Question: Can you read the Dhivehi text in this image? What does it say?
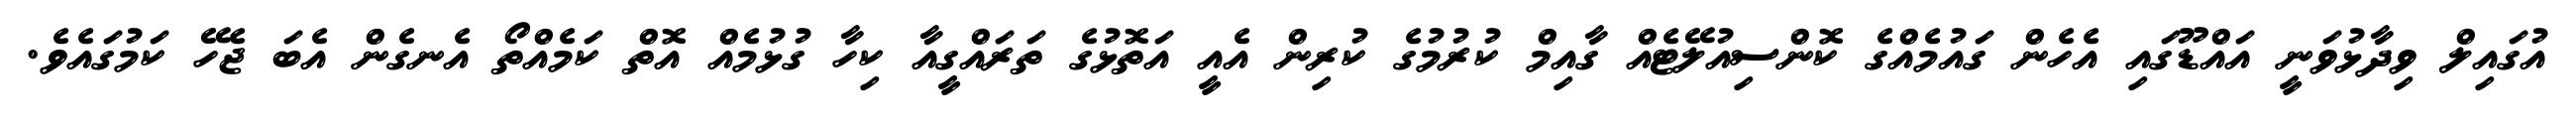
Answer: އުގައިލް ވިދާޅުވަނީ އައްޑޫގައި އެހެން ގައުމެއްގެ ކޮންސިއުލޭޓެއް ގާއިމް ކުރުމުގެ ކުރިން އެއީ އަތޮޅުގެ ތަރައްގީއާ ކިހާ ގުޅުމެއް އޮތް ކަމެއްތޯ އެނގެން އެބަ ޖެހޭ ކަމުގައެވެ.